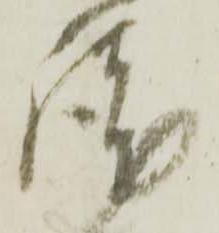
謹